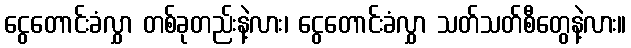
ငွေတောင်းခံလွှာ တစ်ခုတည်းနဲ့လား၊ ငွေတောင်းခံလွှာ သတ်သတ်စီတွေနဲ့လား။